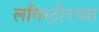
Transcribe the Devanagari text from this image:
लाँगस्ट्रीटच्या